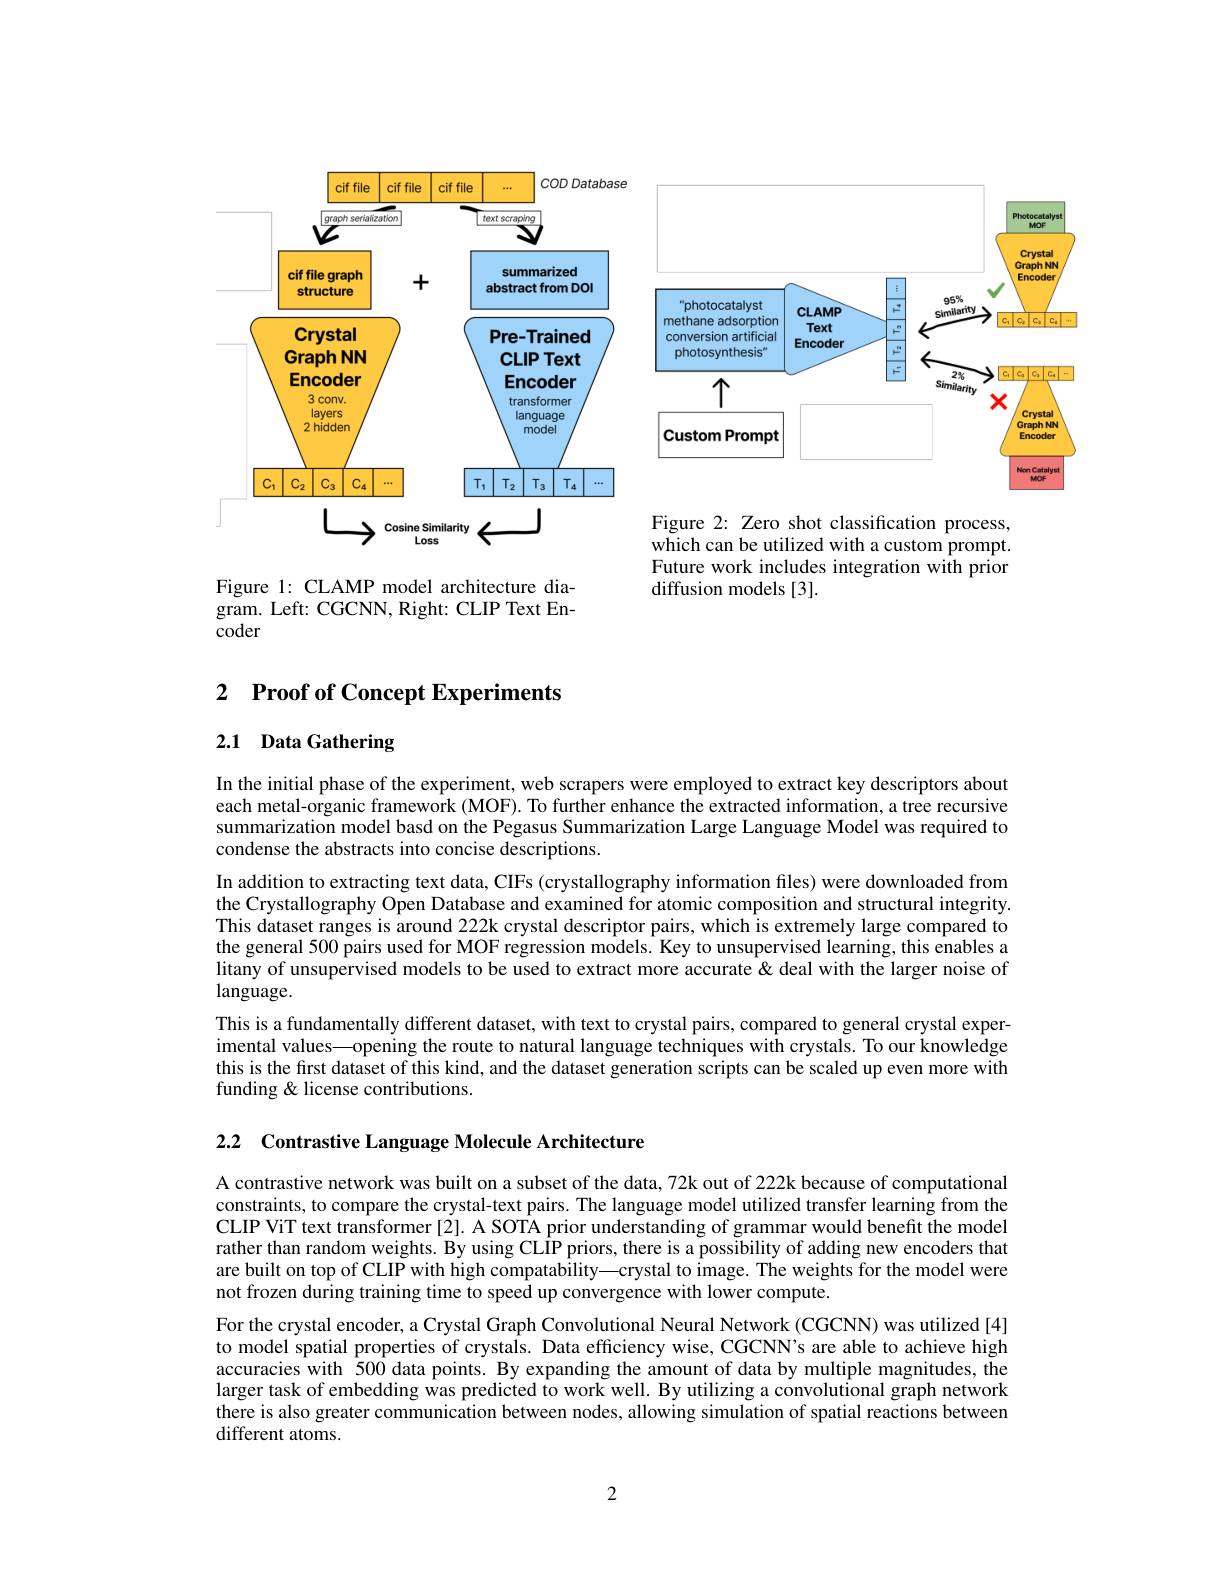
<FigureHere>

Future work includes integration with prior
diffusion models [3].

Figure 1: CLAMP model architecture diagram. Left: CGCNN, Right: CLIP Text Encoder

# 2 Proof of Concept Experiments

## 2.1 Data Gathering

In the initial phase of the experiment, web scrapers were employed to extract key descriptors about each metal-organic framework (MOF). To further enhance the extracted information, a tree recursive summarization model basd on the Pegasus Summarization Large Language Model was required to condense the abstracts into concise descriptions.
In addition to extracting text data, CIFs (crystallography information files) were downloaded from the Crystallography Open Database and examined for atomic composition and structural integrity. This dataset ranges is around 2222k crystal descriptor pairs, which is extremely large compared to the general 500 pairs used for MOF regression models. Key to unsupervised learning, this enables a litany of unsupervised models to be used to extract more accurate & deal with the larger noise of $language.$
This is a fundamentally different dataset, with text to crystal pairs, compared to general crystal experimental values—opening the route to natural language techniques with crystals. To our knowledge this is the first dataset of this kind, and the dataset generation scripts can be scaled up even more with funding & license contributions.

2.2 Contrastive Language Molecule Architecture

A contrastive network was built on a subset of the data, 72k out of 2222k because of computational constraints, to compare the crystal-text pairs. The language model utilized transfer learning from the CLIP ViT text transformer [2]. A SOTA prior understanding of grammar would benefit the model rather than random weights. By using CLÎP priors, there is a possibility of adding new encoders that are built on top of CLIP with high compatability—crystal to image. The weights for the model were not frozen during training time to speed up convergence with lower compute.
For the crystal encoder, a Crystal Graph Convolutional Neural Network (CGCNN) was utilized [4] to model spatial properties of crystals. Data efficiency wise, CGCNN's are able to achieve high accuracies with 500 data points. By expanding the amount of data by multiple magnitudes, the larger task of embedding was predicted to work well. By utilizing a convolutional graph network there is also greater communication between nodes, allowing simulation of spatial reactions between different atoms.

2